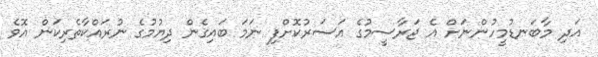
އަދި މާބަނޑުމީހުންނަށް އެ ޖަރާސީމުގެ އަސަރުކޮށްފި ނަމަ ބައިގެން ދިޔުމުގެ ނުރައްކާތެރިކަން އޮވެ